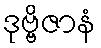
ဒုဗ္ဗိဇာနံ